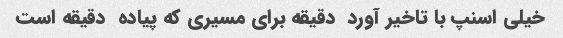
خیلی اسنپ با تاخیر آورد  دقیقه برای مسیری که پیاده  دقیقه است